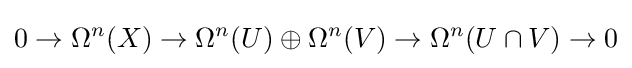
0\to \Omega ^{n}(X)\to \Omega ^{n}(U)\oplus \Omega ^{n}(V)\to \Omega ^{n}(U\cap V)\to 0